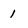
Character: 1